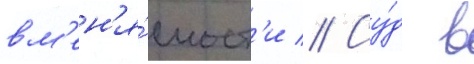
вм'ен'я́емост'и // Су́д в